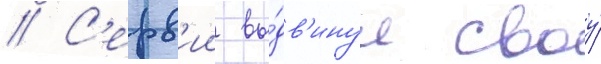
// С'ерв'ии вы́дв'инул своу́